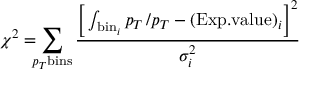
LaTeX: \chi ^ { 2 } = \! \! \! \sum _ { p _ { T } \mathrm { b i n s } } \frac { \Big [ \int _ { \mathrm { b i n } _ { i } } \d p _ { T } \, \d n / \d p _ { T } - \mathrm { ( E x p . v a l u e ) } _ { i } \Big ] ^ { 2 } } { \sigma _ { i } ^ { 2 } }